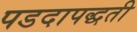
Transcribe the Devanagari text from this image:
पडदापद्धती